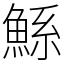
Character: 鯀